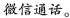
微信通话。